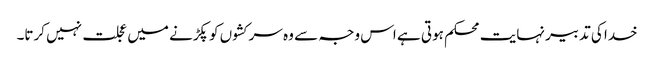
خدا کی تدبیر نہایت محکم ہوتی ہے اس وجہ سے وہ سرکشوں کو پکڑنے میں عجلت نہیں کرتا۔